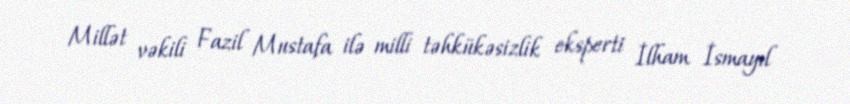
Millət vəkili Fazil Mustafa ilə milli təhkükəsizlik eksperti İlham İsmayıl